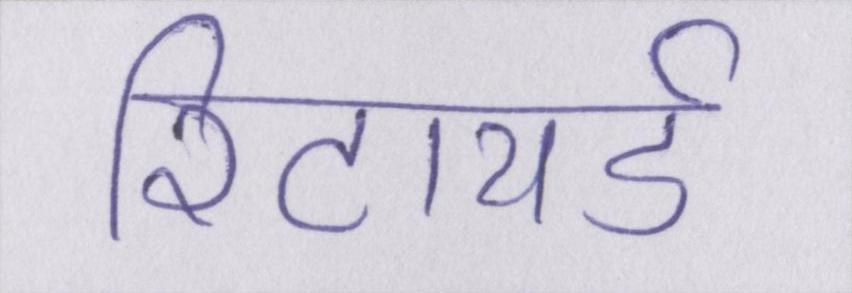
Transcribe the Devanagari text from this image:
रिटायर्ड